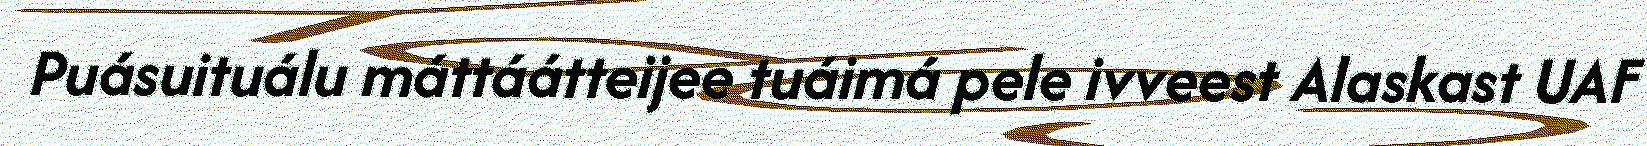
Puásuituálu máttáátteijee tuáimá pele ivveest Alaskast UAF